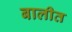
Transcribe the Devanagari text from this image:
बालीत